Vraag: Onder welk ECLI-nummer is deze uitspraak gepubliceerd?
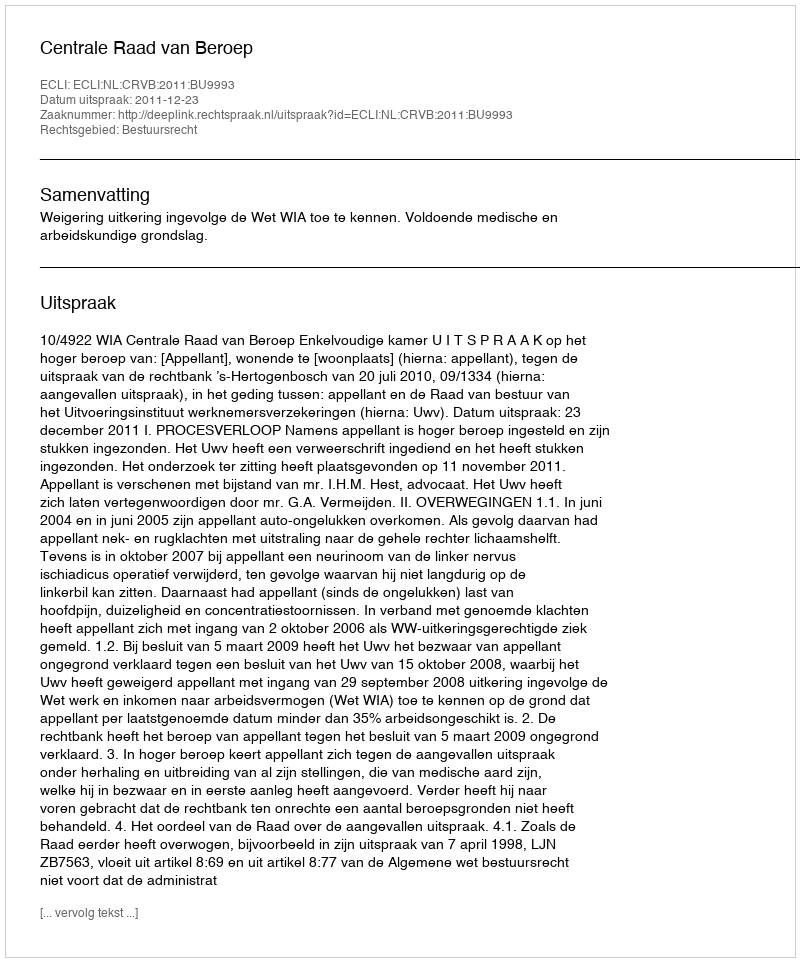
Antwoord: ECLI:NL:CRVB:2011:BU9993